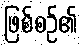
ဖြစ်စဉ်၏